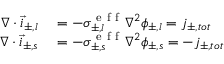
\begin{array} { r l } { \nabla \cdot \vec { i } _ { \pm , l } } & { { } = - \sigma _ { \pm , l } ^ { \mathrm { ~ e ~ f ~ f ~ } } \nabla ^ { 2 } \phi _ { \pm , l } = j _ { \pm , t o t } } \\ { \nabla \cdot \vec { i } _ { \pm , s } } & { { } = - \sigma _ { \pm , s } ^ { \mathrm { ~ e ~ f ~ f ~ } } \nabla ^ { 2 } \phi _ { \pm , s } = - j _ { \pm , t o t } } \end{array}